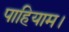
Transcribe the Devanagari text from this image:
पाहियाम।